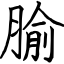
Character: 腧